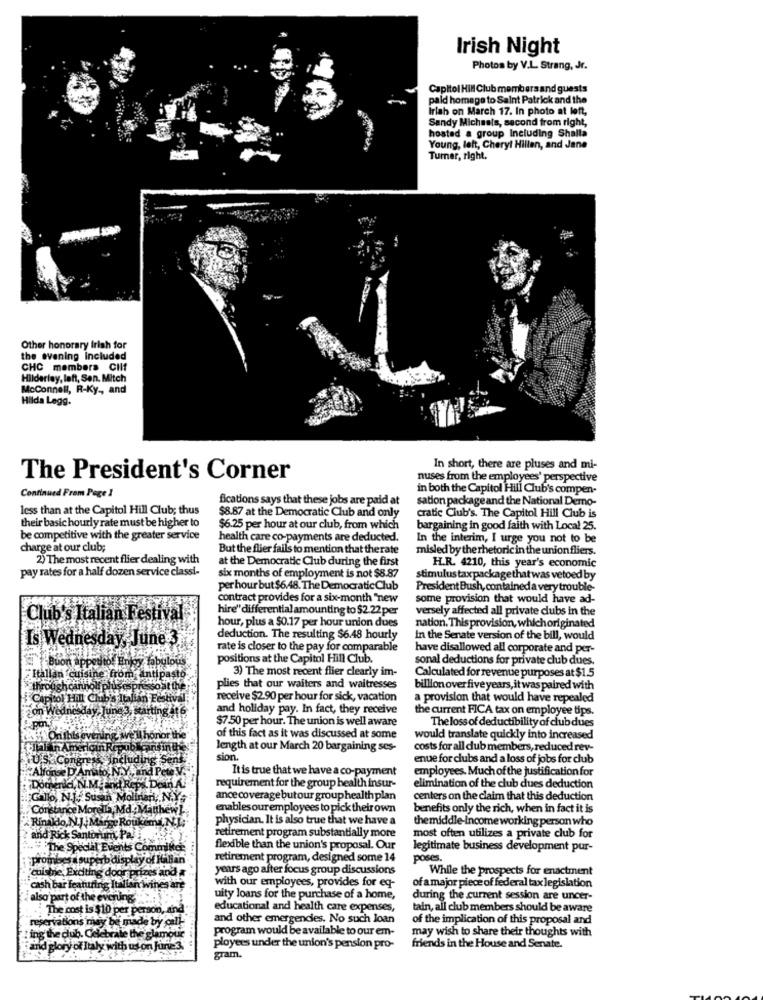
Irish Night
Photos by V.L. Strang, Jr.
Capitol Hill Club membersand guests
paid homage to Saint Patrick and the
Irlab on March 17. In photo at loft,
Sandy Michaels, second from right,
hosted a group Including Shalla
Young, left, Cheryl Hillen, and Jane
Tumar, right.
Other honorary Irish for
the evening included
CHC members Clif
Hilderley, laft, Sen. Mitch
McConnell, R-Ky ., and
Hilda Legg.
In short, there are pluses and mi-
The President's Corner
nuses from the employees' perspective
in both the Capitol Hill Club's compen-
Continued From Page 1
fications says that these jobs are paid at
sation package and the National Demo-
less than at the Capitol Hill Club; thus
$8.87 at the Democratic Club and only
cratic Club's. The Capitol Hill Club is
their basic hourly rate must be higher to
$6.25 per hour at our club, from which
bargaining in good faith with Local 25.
be competitive with the greater service
health care co-payments are deducted.
In the interim, I urge you not to be
charge at our club;
But the flier fails to mention that therate
misled by the rhetoric in the union fliers.
2) The most recent flier dealing with
at the Democratic Club during the first
H.R. 4210, this year's economic
pay rates for a half dozen service classi-
six months of employment is not $8.87
stimulustaxpackagethat was vetoed by
per hour but $6.48. The Democratic Club
President Bush, contained a verytrouble-
contract provides for a six-month "new
some provision that would have ad-
hire" differential amounting to $2 22 per
versely affected all private clubs in the
Club's Italian Festival
hour, plus a $0.17 per hour union dues
nation. Thisprovision, which originated
Is Wednesday, June 3
deduction. The resulting $6.48 hourly
In the Senate version of the bill, would
rate is closer to the pay for comparable
have disallowed all corporate and per-
positions at the Capitol Hill Club.
sonal deductions for private club dues.
Buon appetito. Frigy taps
3) The most recent flier clearly im-
Italian cuisine from intip
Calculated for revenue purposes at $1.5
through cannoli plus
plies that our waiters and waitresses
billion over five years, it was paired with
Capitol Hill Club's Italian Fest
receive $2.90 per hour for sick, vacation
a provision that would have repealed
on Wednesday, June 3, starting it6
and holiday pay. In fact, they receive
the current FICA tax on employee tips.
$7.50 per hour. The union is well aware
The loss of deductibility of club dues
Onthisevening we
il honor the
of this fact as it was discussed at some
would translate quickly into increased
tilaf h Americin Repu
Forint
length at our March 20 bargaining ses-
costs for all dub members, reduced rev-
sion.
enue for clubs and a loss of jobs for club
Alfonse D'Amato, N.Y ., and Pete V
It is true that we have a co-payment
employees. Much of the justification for
requirement for the group health insur-
Domena, N.M.and Reps. Dein A.
elimination of the club dues deduction
Gallo, N.J. Susan Molinan, N.Y.
ance coverage butour group health plan
centers on the claim that this deduction
Constance Morella, Md :Matthew]-
enables our employees to pick their own
benefits only the rich, when in fact it is
Rinaldo, N.J. Mange Roukema, N. L.
physician. It is also true that we have a
themiddle-Income working person who
retirement program substantially more
and Rick Santorum Pali
most often utilizes a private club for
Decial Events Committee
flexible than the union's proposal. Our
legitimate business development pur-
prombes a superb display of Halian
retirement program, designed some 14
poses.
years ago after focus group discussions
While the prospects for enactment
cuisine, Exciting door prizes and a
of a major piece of federal tax legislation
cash bar featuring Italian Wines
with our employees, provides for eg-
also part of the everung.
uity loans for the purchase of a home,
during the current session are uncer-
.The cost is $10 per person, and
educational and health care expenses,
tain, all club members should be aware
and other emergencies. No such Joan
of the implication of this proposal and
reservations may be made by call-
program would be available to our em-
ing the club. Celebrate the glamour
may wish to share their thoughts with
and glory of Italy with us on June3
ployees under the union's pension pro-
friends in the House and Senate.
gram.